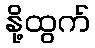
နို့ထွက်